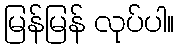
မြန်မြန် လုပ်ပါ။